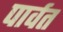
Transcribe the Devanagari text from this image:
पार्वत